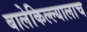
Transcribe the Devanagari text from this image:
बालेकिल्ल्यालाच